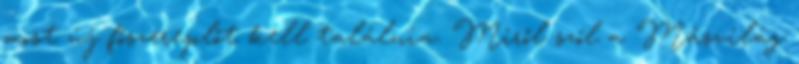
most új főszereplőt kell találnia. Miről szól a Másvilág